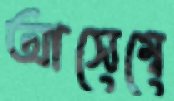
আসেম্বে